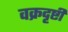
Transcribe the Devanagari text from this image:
वक्रदृष्टी